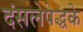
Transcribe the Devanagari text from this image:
दंसलेपेद्धके